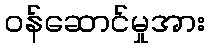
ဝန်ဆောင်မှုအား